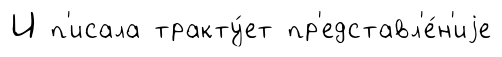
И п'исала тракту́ет пр'едставл'е́н'иjе